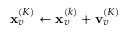
\mathbf { x } _ { v } ^ { ( K ) } \gets \mathbf { x } _ { v } ^ { ( k ) } + \mathbf { v } _ { v } ^ { ( K ) }